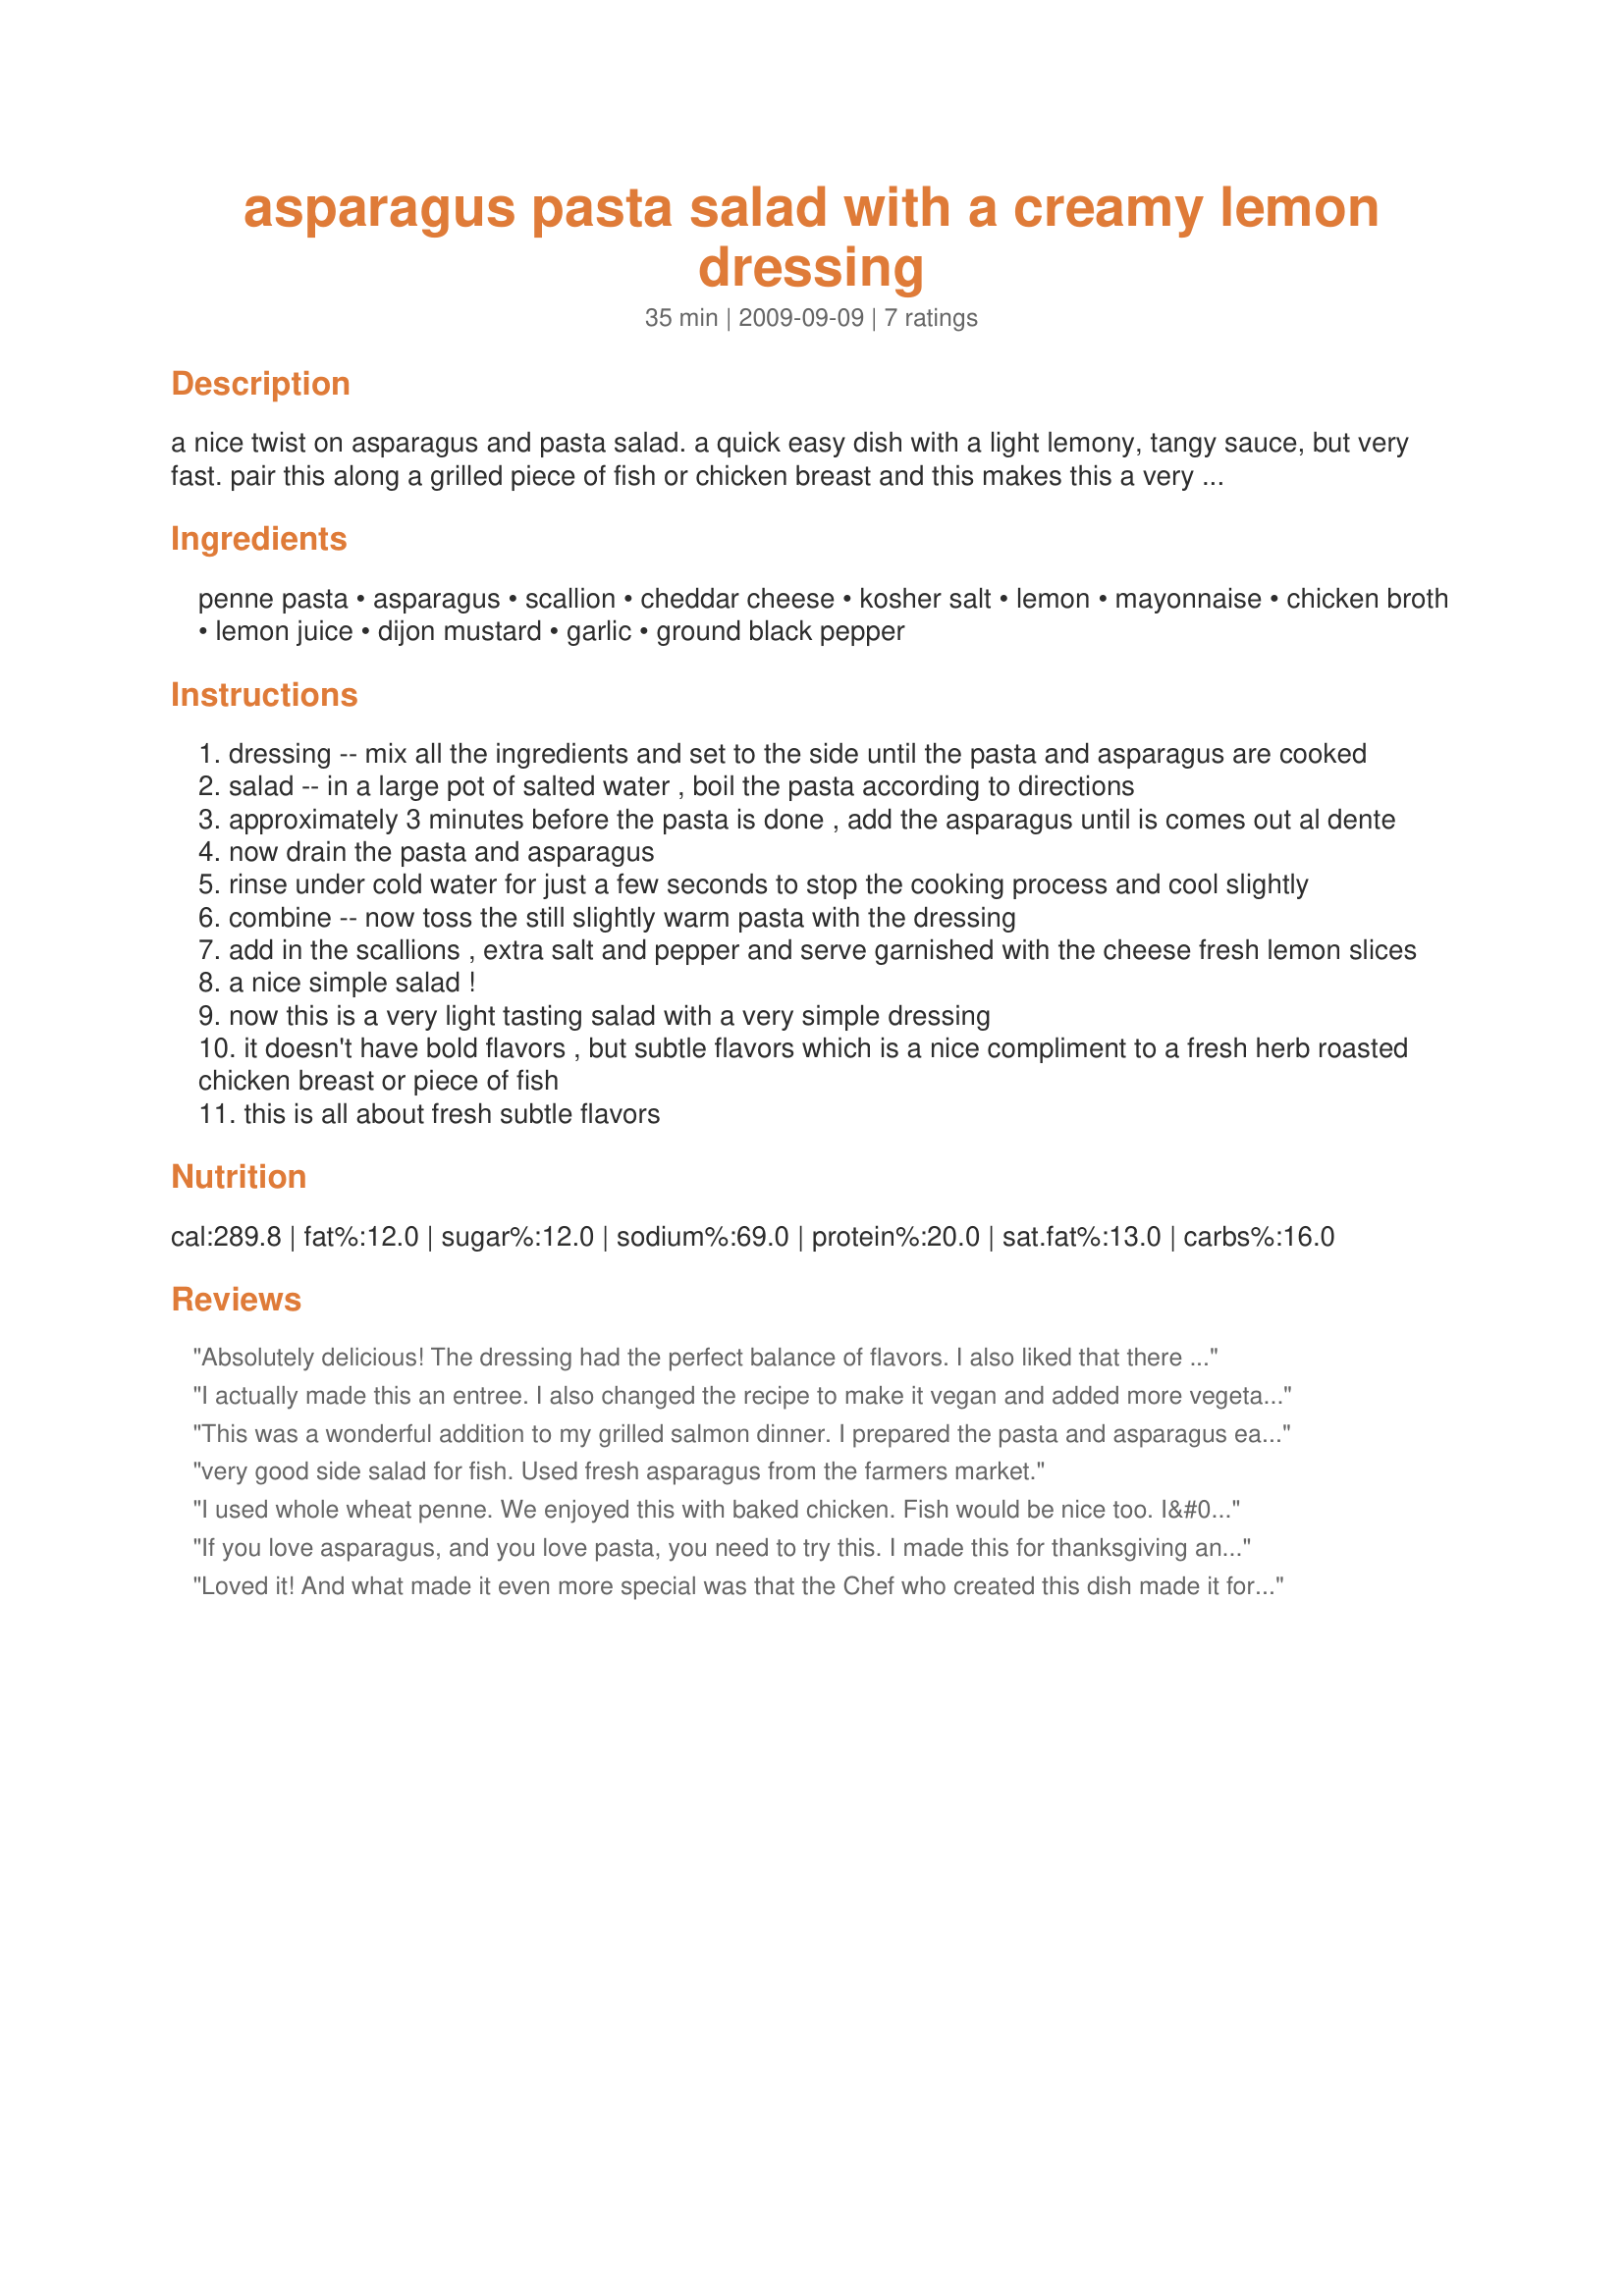
asparagus pasta salad with a creamy lemon dressing
Preparation time: 35 minutes

a nice twist on asparagus and pasta salad. a quick easy dish with a light lemony, tangy sauce, but very fast. pair this along a grilled piece of fish or chicken breast and this makes this a very nice easy dinner.

Ingredients:
penne pasta, asparagus, scallion, cheddar cheese, kosher salt, lemon, mayonnaise, chicken broth, lemon juice, dijon mustard, garlic, ground black pepper

Steps:
dressing -- mix all the ingredients and set to the side until the pasta and asparagus are cooked
salad -- in a large pot of salted water , boil the pasta according to directions
approximately 3 minutes before the pasta is done , add the asparagus until is comes out al dente
now drain the pasta and asparagus
rinse under cold water for just a few seconds to stop the cooking process and cool slightly
combine -- now toss the still slightly warm pasta with the dressing
add in the scallions , extra salt and pepper and serve garnished with the cheese fresh lemon slices
a nice simple salad !
now this is a very light tasting salad with a very simple dressing
it doesn't have bold flavors , but subtle flavors which is a nice compliment to a fresh herb roasted chicken breast or piece of fish
this is all about fresh subtle flavors

Reviews:
Absolutely delicious! The dressing had the perfect balance of flavors. I also liked that there was plenty of asparagus to go around. The next day, I added some sliced steak and packed it up for my lunch. Wonderful! Thanks for sharing this.
I actually made this an entree. I also changed the recipe to make it vegan and added more vegetables and roasted them. To make this recipe vegan I used veganase in place of mayo, omitted the cheese, and used vegetable broth instead of chicken broth. I roasted asparagus, yellow zucchini, sweet corn from the cob, red bell pepper, and red onion. I cooked and shredded some organic chicken for my boyfriend, so he could add it to this pasta salad. Quick, easy and delicious!
This was a wonderful addition to my grilled salmon dinner. I prepared the pasta and asparagus early in the day, chilled, then tossed at serving time. Wonderful way to keep the kitchen cool on a 113Â° day! Just had to add grilled French bread for a perfect light summer meal. Dinner guests immediately wanted your recipe - one of whom is a cookbook author! I tossed in some ham for lunch the next day; would be good with chicken, too. Thank you for a dish I will enjoy often!
very good side salad for fish. Used fresh asparagus from the farmers market.
I used whole wheat penne. We enjoyed this with baked chicken. Fish would be nice too. I&#039;d like to toss in thinly sliced rotisserie chicken breast next time.
If you love asparagus, and you love pasta, you need to try this. I made this for thanksgiving and got rave reviews for being deliciously different. I thought it was fabulous! It was easy to prepare ahead as I just made the sauce in a separate container and mixed it in with the pasta the day of. It has a light creamy lemony peppery flavor that is addicting! I couldn't stop eating it and it's even better the next day but it does make a lot. Thanks so much for posting! We loved it!
Loved it! And what made it even more special was that the Chef who created this dish made it for me herself. I didn't have to prepare it. How special is that? She made a ton of it for me and on day 2 I have added some white albacore canned tuna. Complete meal. Thank you SC!
